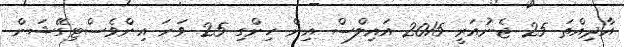
އާދިއްތަ 25 ޖެނުއަރީ 2015 އައިލްސް އިން ހިންގި 25 ވަނަ އިންވެސްޓިގޭޝަން